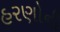
હરણોની